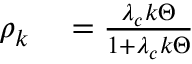
\begin{array} { r l } { \rho _ { k } } & { { } = \frac { \lambda _ { c } k \Theta } { 1 + \lambda _ { c } k \Theta } } \end{array}